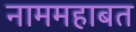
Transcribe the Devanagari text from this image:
नाममहाबत